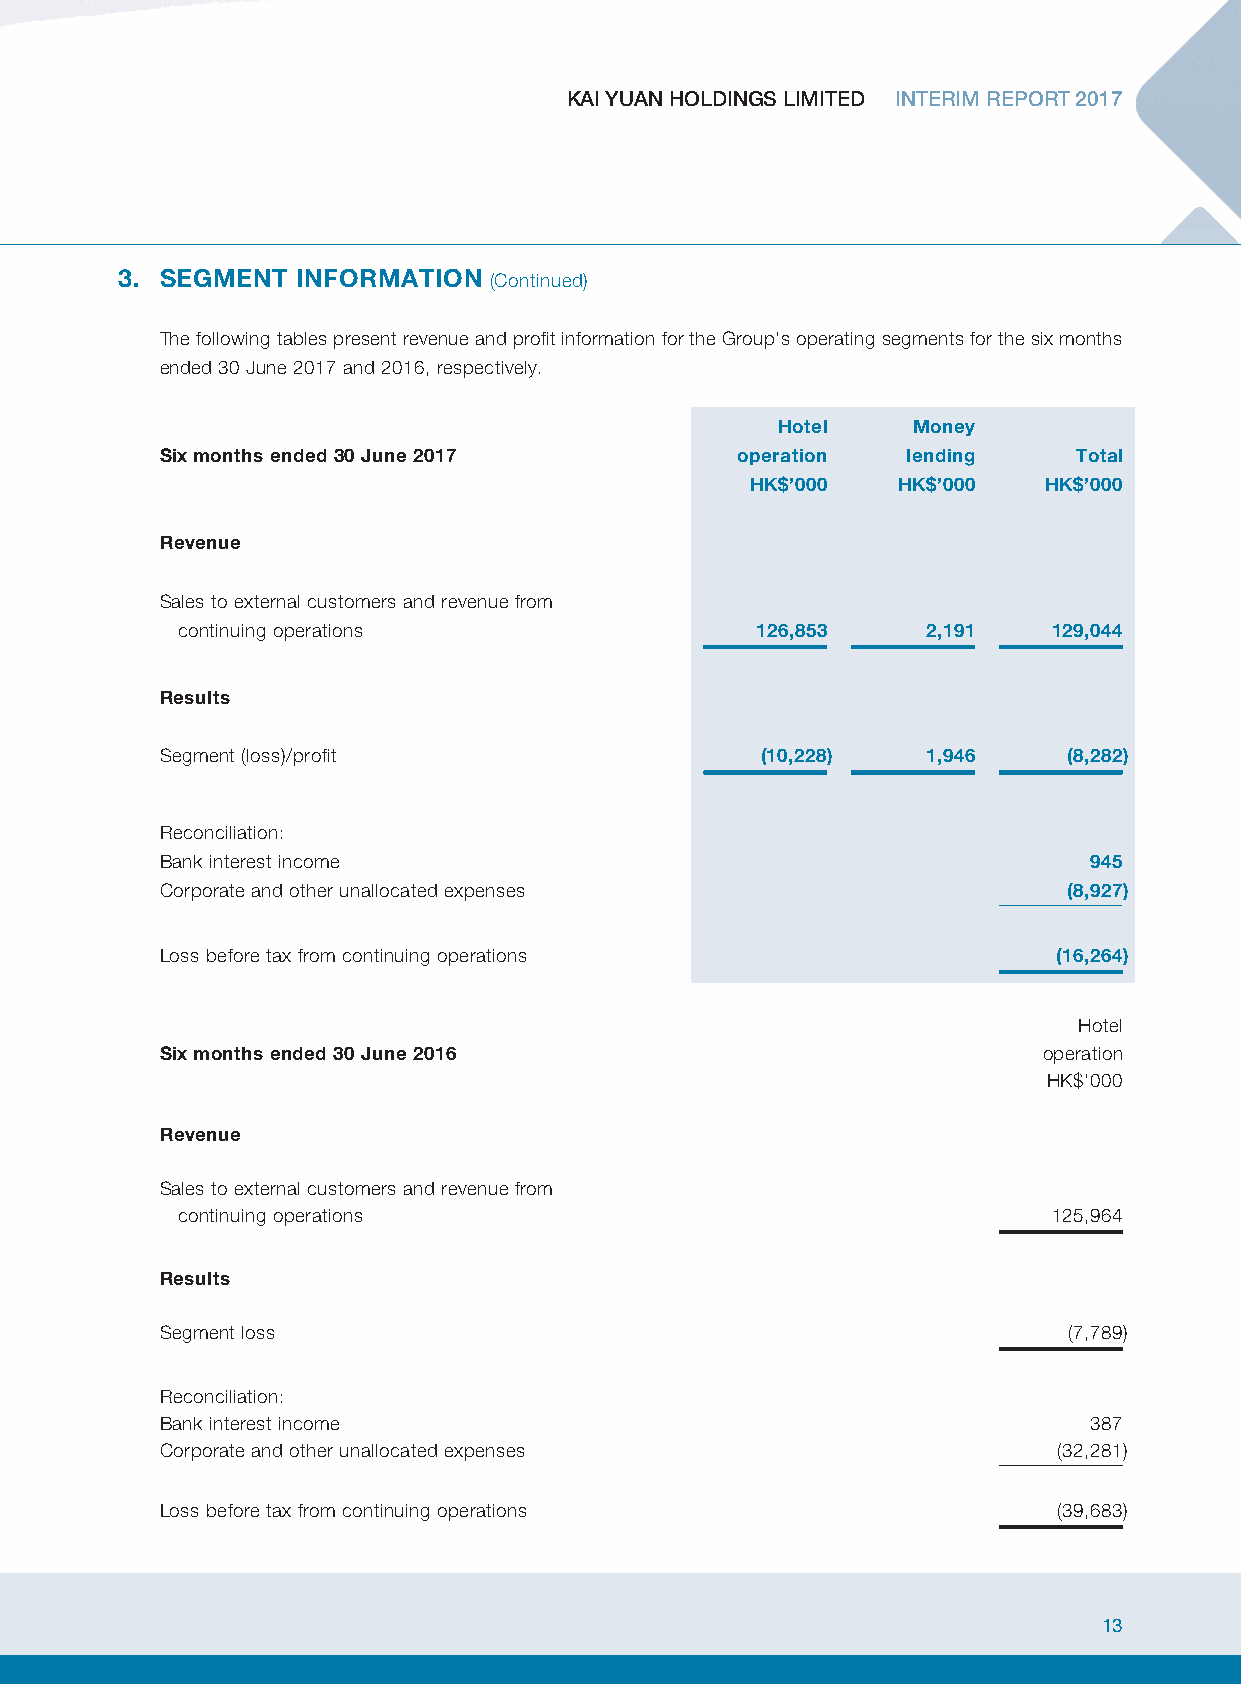
KAI YUAN HOLDINGS LIMITED INTERIM REPORT 2017
 3. SEGMENT  INFORMATION (Continued)
 The following tables present revenue and profit information for the Group’s operating segments for the six months
 ended 30 June 2017 and 2016, respectively.
 Hotel    Money
 Six months ended 30 June 2017         operation  lending    Total
 HK$’000  HK$’000   HK$’000
 Revenue
 Sales to external customers and revenue from
 continuing operations                 126,853    2,191    129,044
 Results
 Segment (loss)/profit                  (10,228)   1,946     (8,282)
 Reconciliation:
 Bank interest income                                         945
 Corporate and other unallocated expenses                    (8,927)
 Loss before tax from continuing operations                 (16,264)
 Hotel
 Six months ended 30 June 2016                             operation
 HK$’000
 Revenue
 Sales to external customers and revenue from
 continuing operations                                     125,964
 Results
 Segment loss                                                (7,789)
 Reconciliation:
 Bank interest income                                         387
 Corporate and other unallocated expenses                   (32,281)
 Loss before tax from continuing operations                 (39,683)
 13